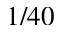
1 / 4 0